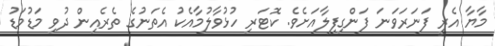
މާޔާ އެރީ ފަނަރަވަނަ ފަންގިފިލާއަށެވެ. ކޮޓަރި ހުޅުވާލުމާއެކު އެތަނުގެ ތެރެއިން ދުވި މަޑުމަޑު